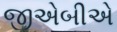
જીએબીએ